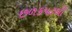
છળકપટથી